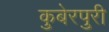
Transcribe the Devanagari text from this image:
कुबेरपुरी